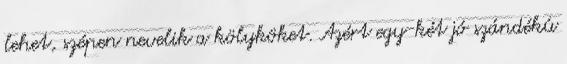
lehet, szépen nevelik a kölyköket. Azért egy-két jó szándékú